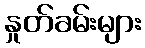
နှုတ်ခမ်းများ